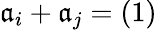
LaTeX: {\mathfrak{a}}_{i}+{\mathfrak{a}}_{j}=(1)